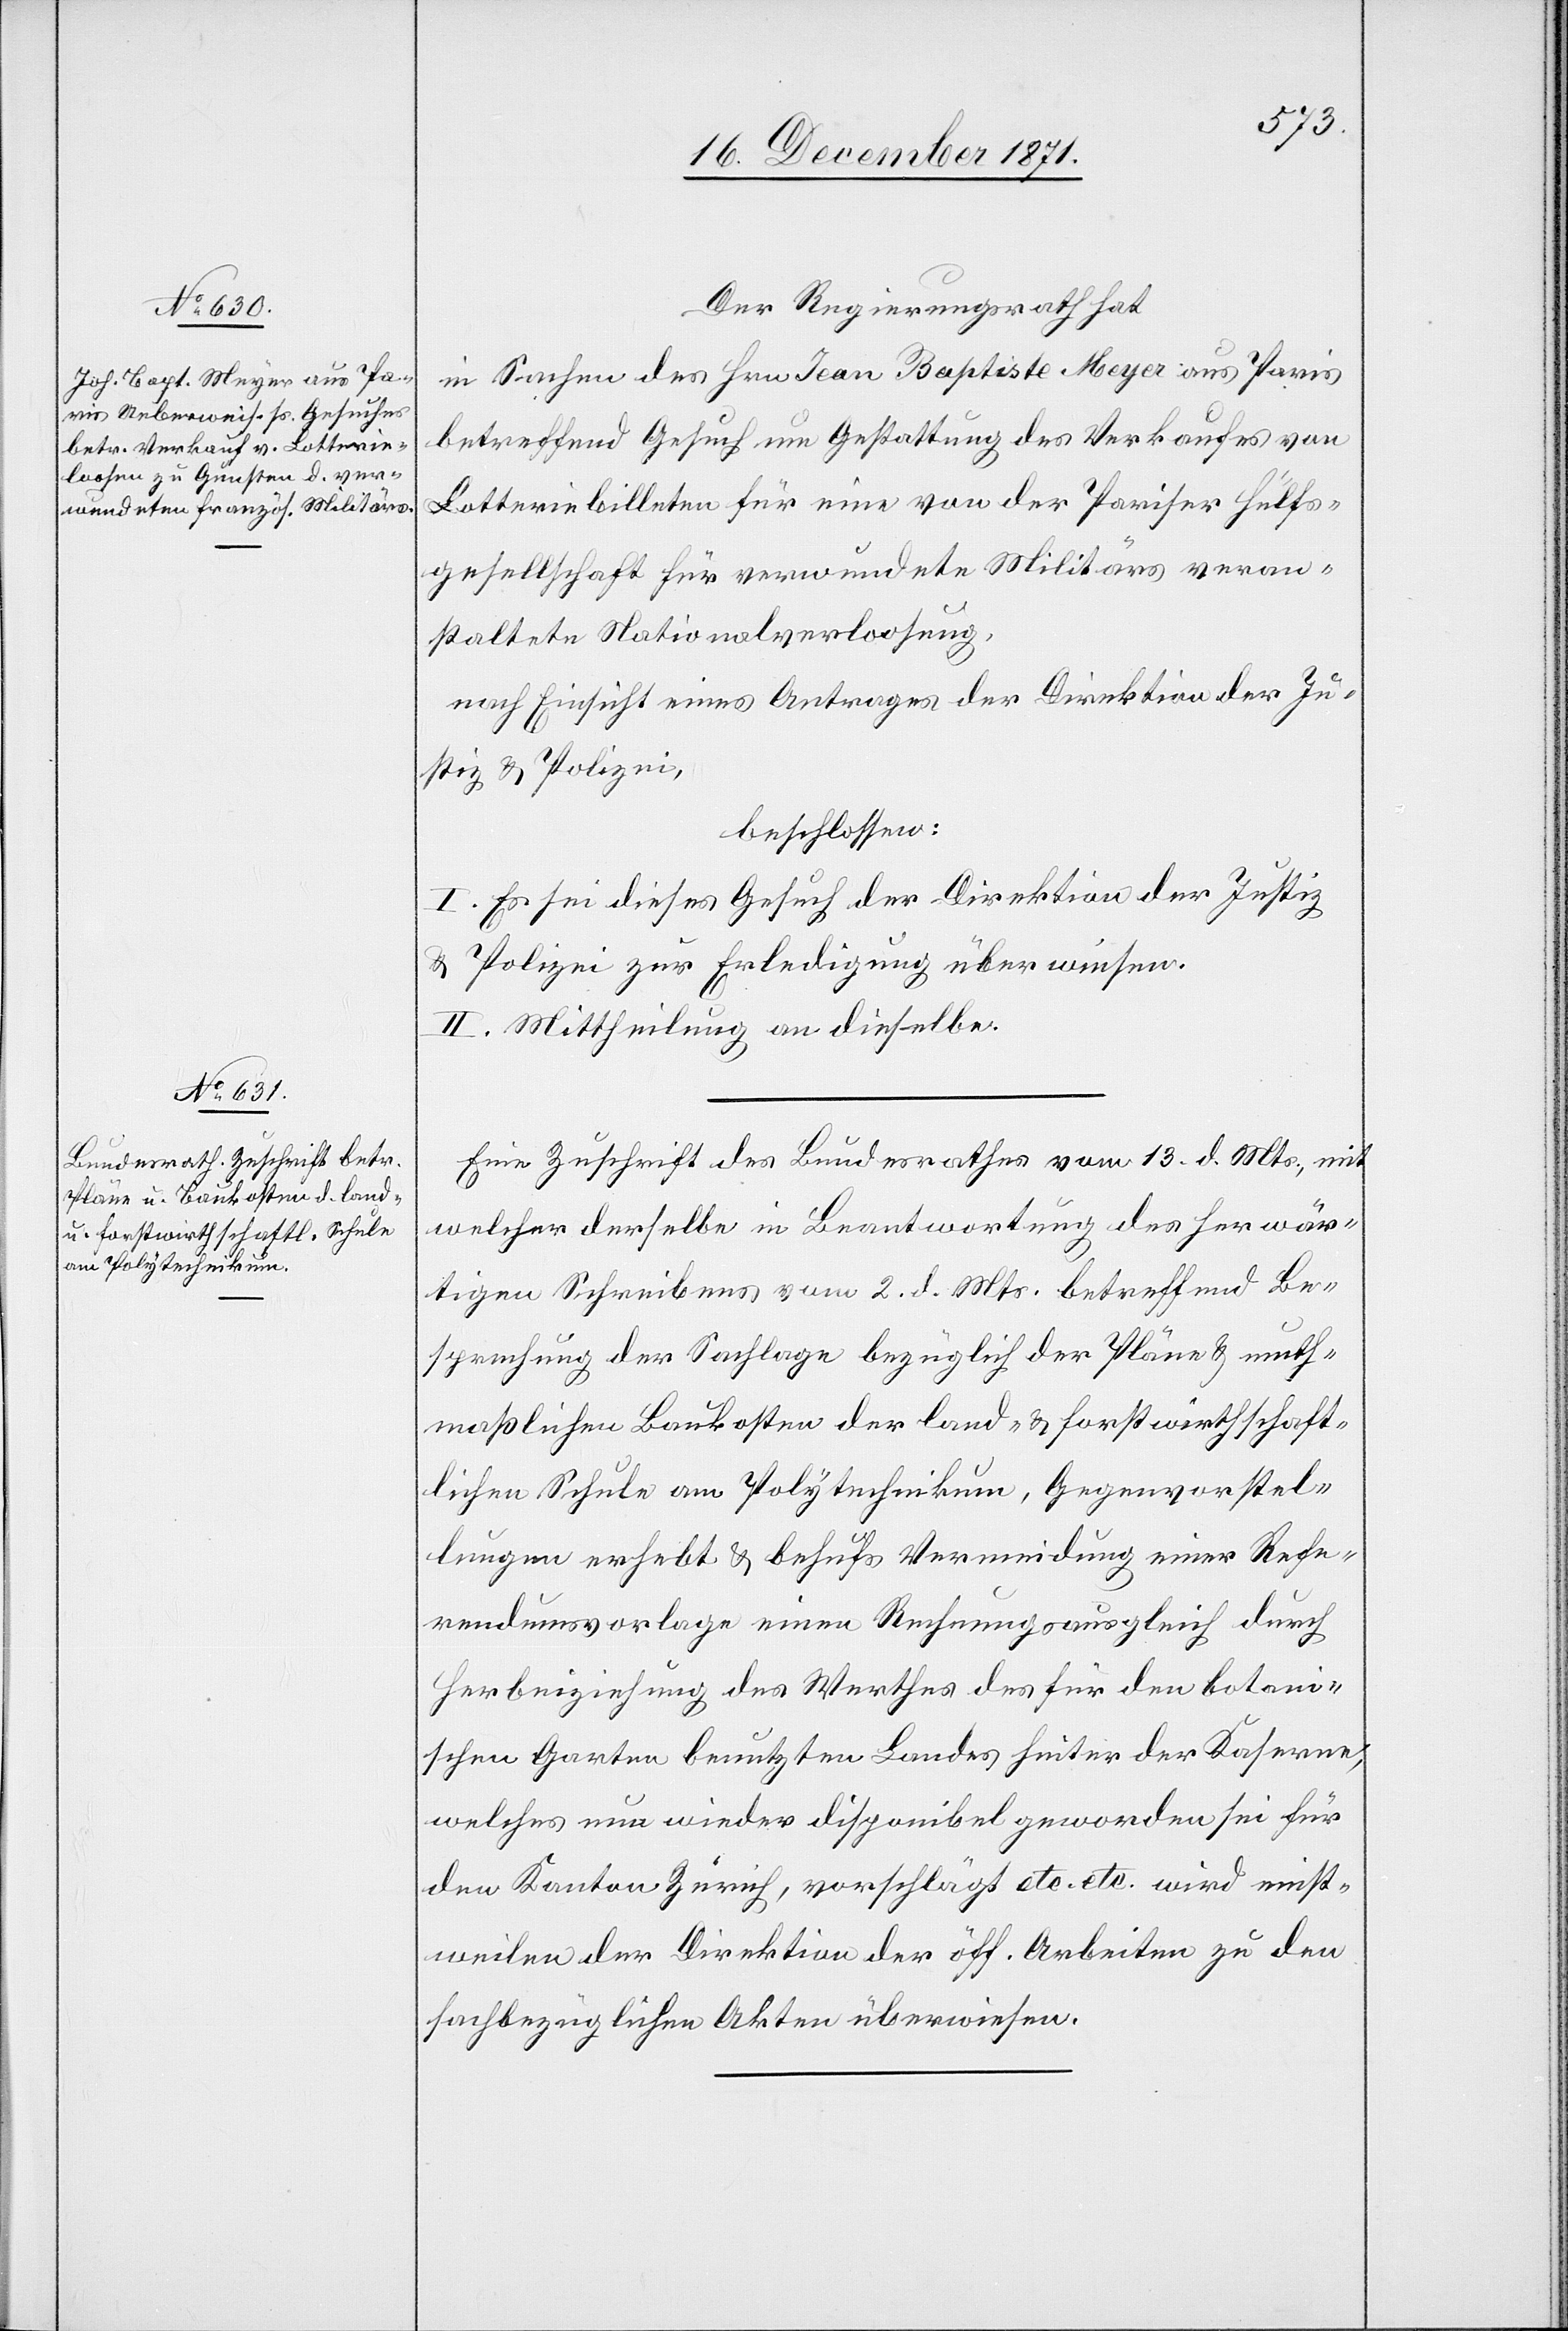
Der Regierungsrath hat
in Sachen des Hrn. Jean Baptiste Meyer aus Paris
betreffend Gesuch um Gestattung des Verkaufes von
Lotteriebilleten für eine von der Pariser Hülfs¬
gesellschaft für verwundete Militärs veran¬
staltete Nationalverloosung,
nach Einsicht eines Antrages der Direktion der Ju¬
stiz & Polizei,
beschlossen:
I. Es sei dieses Gesuch der Direktion der Justiz
& Polizei zur Erledigung überwiesen.
II. Mittheilung an dieselbe.
Eine Zuschrift des Bundesrathes vom 13. d. Mts., mit
welcher derselbe in Beantwortung des herwär¬
tigen Schreibens vom 2. d. Mts. betreffend Be¬
sprechung der Sachlage bezüglich der Pläne & muth¬
maßlichen Baukosten der land- & forstwirthschaft¬
lichen Schule am Polytechnikum, Gegenvorstel¬
lungen erhebt & behufs Vermeidung einer Refe¬
rndumsvorlage einen Rechnungsausgleich durch
Herbeiziehung des Werthes des für den botani¬
schen Garten benutzten Landes hinter der Kaserne,
welches nun wieder disponibel geworden sei für
den Kanton Zürich, vorschlägt etc. etc. wird einst¬
weilen der Direktion der öff. Arbeiten zu den
sachbezüglichen Akten überwiesen.